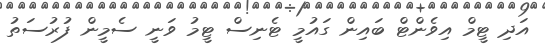
އަދި ޓީމް އިވެންޓް ބައިން ގައުމީ ޓެނިސް ޓީމު ވަނީ ސެމީން ފުރުސަތު